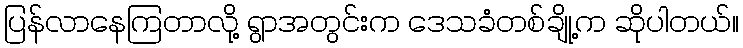
ပြန်လာနေကြတာလို့ ရွာအတွင်းက ဒေသခံတစ်ချို့က ဆိုပါတယ်။